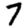
Digit: 7